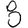
Digit: 8